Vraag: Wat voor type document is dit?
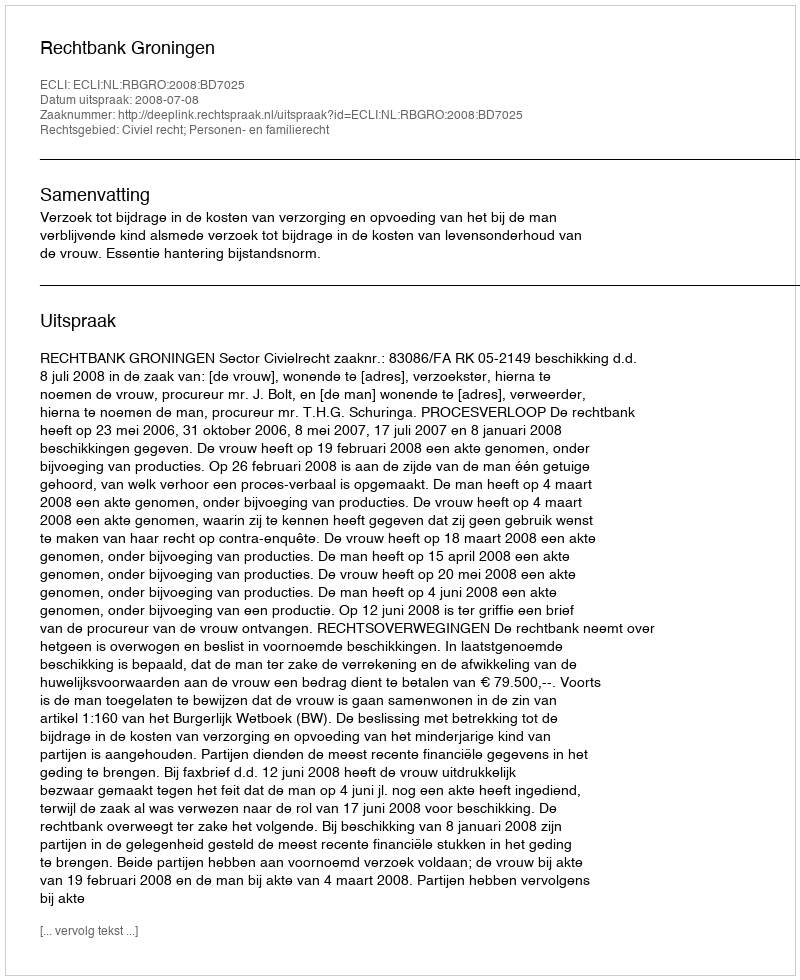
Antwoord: Uitspraak